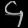
Digit: ၄